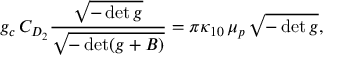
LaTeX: g _ { c } \, C _ { D _ { 2 } } \frac { \sqrt { - \operatorname * { d e t } g } } { \sqrt { - \operatorname * { d e t } ( g + B ) } } = \pi \kappa _ { 1 0 } \, \mu _ { p } \, \sqrt { - \operatorname * { d e t } g } ,